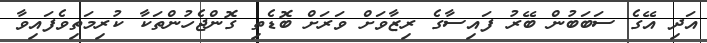
އަދި އޭގެ ސަބަބުން ބޭރު ފައިސާގެ ރިޒާވަށް ވަރަށް ބޮޑެތި ގޮންޖެހުންތަކާ ކުރިމަތިވެފައިވާ